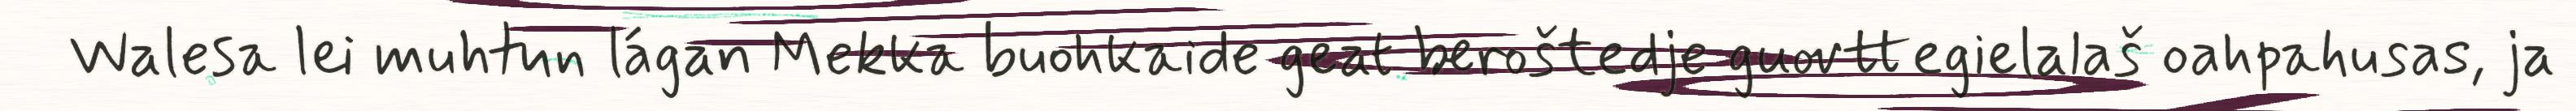
Walesa lei muhtun lágan Mekka buohkaide geat beroštedje guovttegielalaš oahpahusas, ja